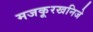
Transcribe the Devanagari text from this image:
मजकूरखनिजे